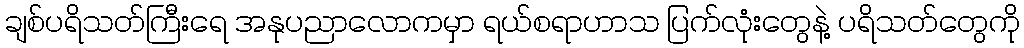
ချစ်ပရိသတ်ကြီးရေ အနုပညာလောကမှာ ရယ်စရာဟာသ ပြက်လုံးတွေနဲ့ ပရိသတ်တွေကို